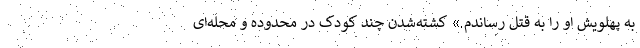
به پهلویش او را به قتل رساندم.» کشته‌شدن چند کودک در محدوده و محله‌ای